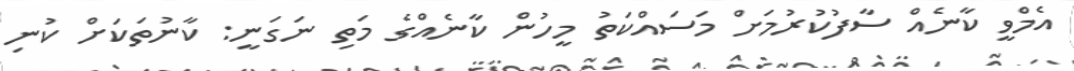
އެމްވީ ކާނެއް ސާފުކުރުމަށް މަސައްކަތު މީހުން ކާނެއްގެ މަތި ނަގަނީ: ކާނުތަކަށް ކުނި